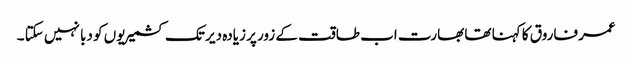
عمر فاروق کا کہنا تھا بھارت اب طاقت کے زور پر زیادہ دیر تک کشمیریوں کو دبا نہیں سکتا ۔